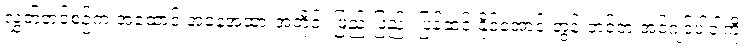
လွှတ်တင်စဉ်က အထောင် အနေအထားအတိုင်း ဖြည်းဖြည်း ပြန်ဆင်းနိုင်အောင် တွန်းတင်တဲ့ အင်ဂျင်ပါဝါကို